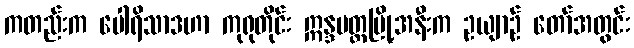
ကတည်းက ပေါရိသာဒဟာ ကုရုတိုင်း ဣန္ဒပတ္တမြို့အနီးက ဥယျာဉ် တော်အတွင်း